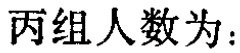
丙组人数为：